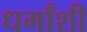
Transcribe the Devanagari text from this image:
धर्मांशी